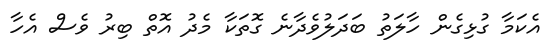
އެކަމާ ގުޅިގެން ހާލަތު ބަދަލުވެދާނެ ގޮތަކާ މެދު އޮތް ބިރު ވެސް އެހާ